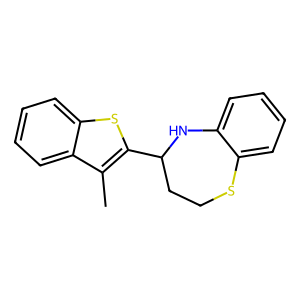
SMILES: Cc1c(C2CCSc3ccccc3N2)sc2ccccc12
Inhibits HIV replication: No